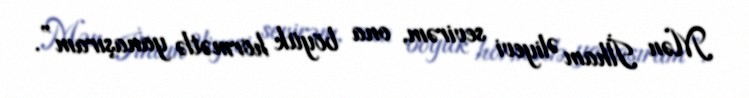
Mən İlham Əliyevi sevirəm, ona böyük hörmətlə yanaşıram”.